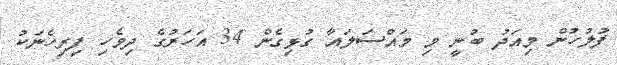
ފުލުހުން މިއަދު ބުނީ މި މައްސަލައާ ގުޅިގެން 34 އަހަރުގެ ދިވެހި ފިރިހެނަކު